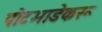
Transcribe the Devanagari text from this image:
पोटभाडेकरू